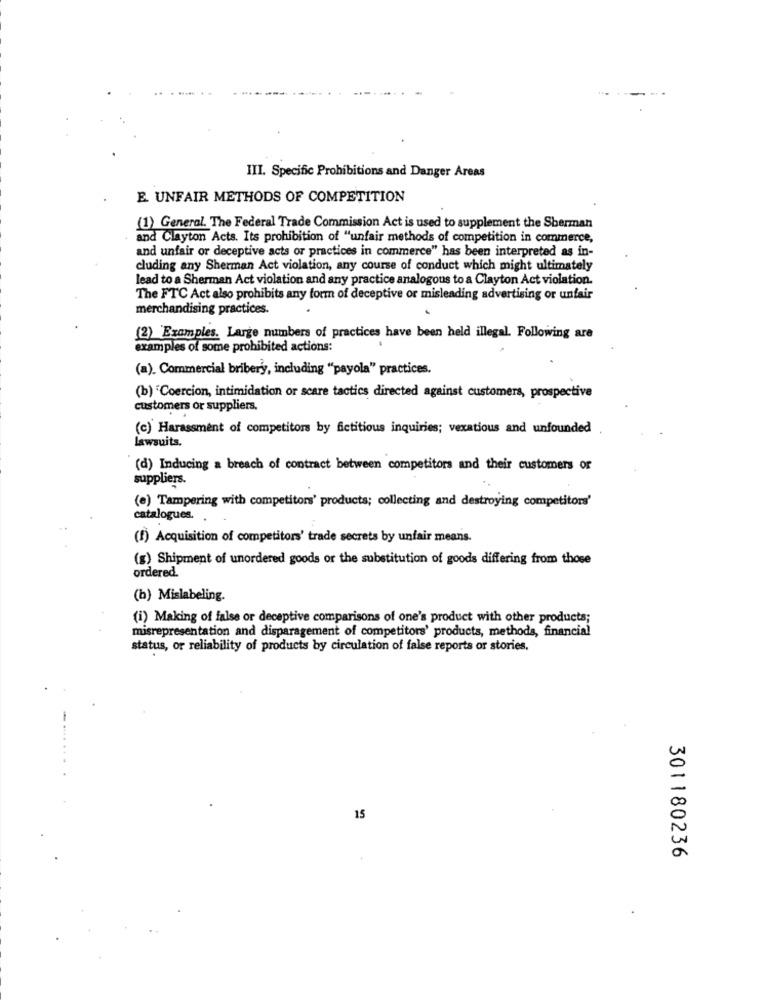
III. Specific Prohibitions and Danger Areas
E. UNFAIR METHODS OF COMPETITION
(1) General. The Federal Trade Commission Act is used to supplement the Sherman
and Clayton Acts. Its prohibition of "unfair methods of competition in commerce,
and unfair or deceptive acts or practices in commerce" has been interpreted as in-
cluding any Sherman Act violation, any course of conduct which might ultimately
lead to a Sherman Act violation and any practice analogous to a Clayton Act violation.
The FTC Act also prohibits any form of deceptive or misleading advertising or unfair
merchandising practices.
(2) Examples. Large numbers of practices have been held illegal. Following are
examples of some prohibited actions:
(a). Commercial bribery, including "payola" practices.
(b) "Coercion, intimidation or scare tactics directed against customers, prospective
customers or suppliers,
(c) Harassment of competitors by fictitious inquiries; vexatious and unfounded
lawsuits.
(d) Inducing a breach of contract between competitors and their customers or
suppliers
(e) Tampering with competitors' products; collecting and destroying competitors'
catalogues.
(f) Acquisition of competitors' trade secrets by unfair means.
(g) Shipment of unordered goods or the substitution of goods differing from those
ordered.
(b) Mislabeling.
(i) Making of false or deceptive comparisons of one's product with other products;
misrepresentation and disparagement of competitors' products, methods, financial
status, or reliability of products by circulation of false reports or stories.
15
301180236